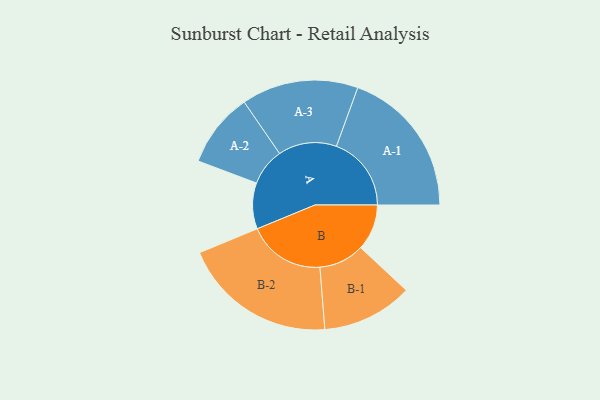
{"axis": {"x": "Segment", "y": "Value"}, "legend": ["", "A", "B"], "data": [{"x": "A", "y": 142, "type": ""}, {"x": "B", "y": 142, "type": ""}, {"x": "A-1", "y": 231, "type": "A"}, {"x": "A-2", "y": 115, "type": "A"}, {"x": "A-3", "y": 180, "type": "A"}, {"x": "B-1", "y": 140, "type": "B"}, {"x": "B-2", "y": 238, "type": "B"}]}